Annual returns of the Patna Lunatic Asylum at Bankipore in Bihar and Orissa - 1912-1924
Year: 1912
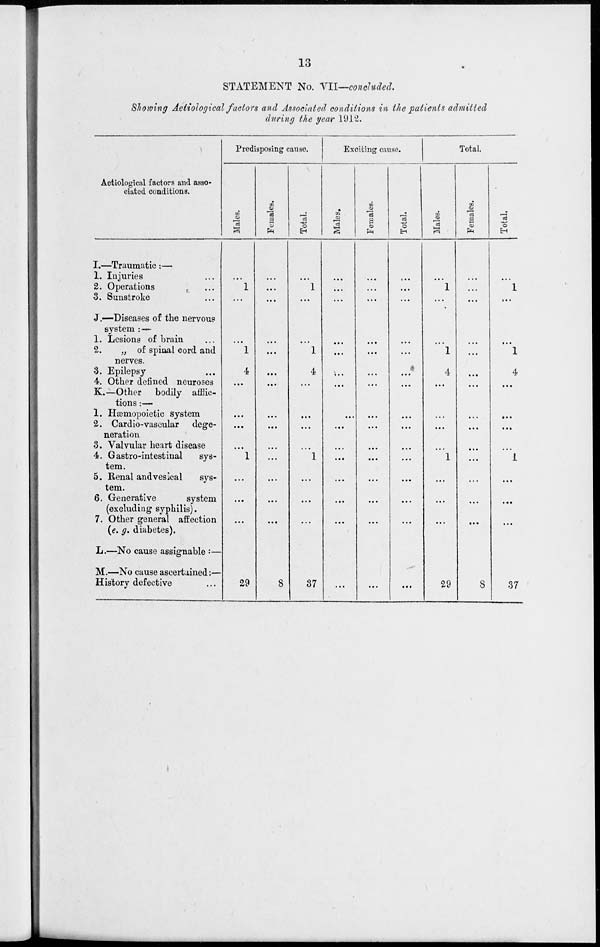
13
STATEMENT No. VII—concluded.
Showing Aetiological factors and Associated conditions in the patients admitted
during the year 1912.
Aetiological factors and asso-
ciated conditions.
I. —
1.
2.
3.
J.—
1.
2.
3.
4.
K.—
1.
2.
3.
4.
5.
6.
7.
L.—
M.—
Traumatic:—
Injuries ...
Operations ...
Sunstroke
Diseases of the nervous
system :—
Lesions of brain ...
„ of spinal cord and
nerves.
Epilepsy ...
Other defined neuroses
Other
bodily afflic-
tions :—
Hæmopoietic system
Cardio-vascular
dege-
neration
Valvular heart disease
Gastro-intestinal
sys-
tem.
Renal and vesical
sys-
tem.
Generative
system
(excluding syphilis).
Other general affection
(e. g. diabetes).
No cause assignable :—
No cause ascertained:—
History defective ...
Predisposing cause.
Males.
...
1
...
...
1
4
...
...
...
...
1
...
...
...
29
Females.
...
...
...
...
...
...
...
...
...
...
...
...
...
...
8
Total.
...
1
...
...
1
4
...
...
...
...
1
...
...
...
37
Exciting cause.
Males.
...
...
...
...
...
...
...
...
...
...
...
...
...
...
...
Females.
...
...
...
...
...
...
...
...
...
...
...
...
...
...
...
Total.
...
...
...
...
...
...
...
...
...
...
...
...
...
...
...
Total.
Males.
...
1
...
...
1
4
...
...
...
...
1
...
...
...
29
Females.
...
...
...
...
...
...
...
...
...
...
...
...
...
...
8
Total.
...
1
...
...
1
4
...
...
...
...
1
...
...
...
37